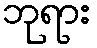
ဘုရား